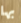
بها